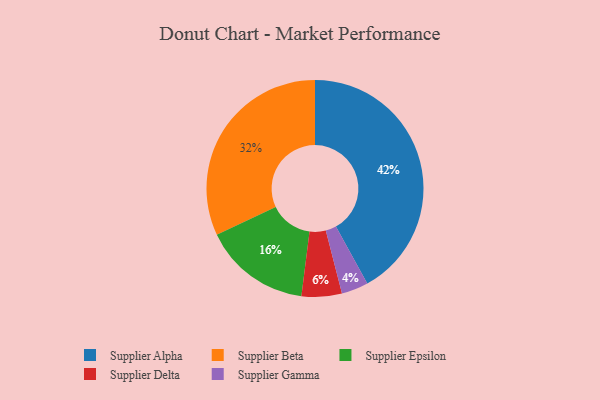
{"axis": {"x": "Category", "y": "Percentage"}, "legend": ["Supplier Alpha", "Supplier Beta", "Supplier Delta", "Supplier Epsilon", "Supplier Gamma"], "data": [{"x": "Supplier Epsilon", "y": 16, "type": "Supplier Epsilon"}, {"x": "Supplier Alpha", "y": 42, "type": "Supplier Alpha"}, {"x": "Supplier Delta", "y": 6, "type": "Supplier Delta"}, {"x": "Supplier Beta", "y": 32, "type": "Supplier Beta"}, {"x": "Supplier Gamma", "y": 4, "type": "Supplier Gamma"}]}